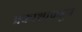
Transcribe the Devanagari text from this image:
प्रकाशाकडून